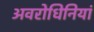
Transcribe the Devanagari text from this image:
अवरोधिनियां